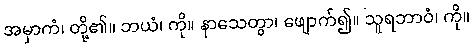
အမှာကံ၊ တို့၏။ ဘယံ၊ ကို။ နာသေတွာ၊ ဖျောက်၍။ သူရဘာဝံ၊ ကို။